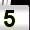
Digit: 5